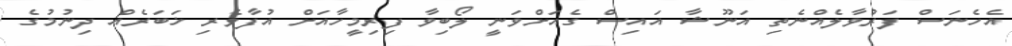
އެހެނަސް ފަރުވާލެއްނެތި އަނޫޝާ އައިސް ގެއަށްވަނީ ލޯބިވާ ފިރިމީހާއަށް އުފާވެރި ޚަބަރެއް ދިނުމުގެ